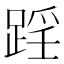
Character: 𨂘